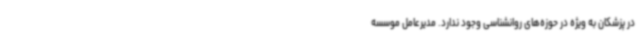
در پزشکان به ویژه در حوزه‌های روانشناسی وجود ندارد. مدیرعامل موسسه